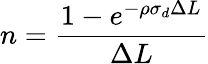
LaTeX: n=\frac{1-e^{-\rho\sigma_{d}\Delta L}}{\Delta L}